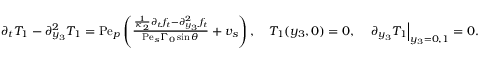
\begin{array} { r } { \partial _ { t } T _ { 1 } - \partial _ { y _ { 3 } } ^ { 2 } T _ { 1 } = \mathrm { P e } _ { p } \left( \frac { \frac { 1 } { \kappa _ { 2 } } \partial _ { t } f _ { t } - \partial _ { y _ { 3 } } ^ { 2 } f _ { t } } { \mathrm { P e } _ { s } \Gamma _ { 0 } \sin \theta } + v _ { s } \right) , \quad T _ { 1 } ( y _ { 3 } , 0 ) = 0 , \quad \left. \partial _ { y _ { 3 } } T _ { 1 } \right| _ { y _ { 3 } = 0 , 1 } = 0 . } \end{array}